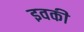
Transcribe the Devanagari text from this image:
इवकी